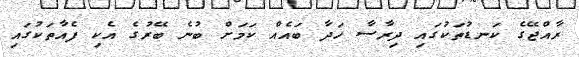
ރާއްޖޭގެ ކަނޑުތަކުގައި ދިރާސާ ހަދާ ބައެއް ކަމަށް ބުނެ ބޭރުގެ އެކި ފެއާތަކުގައި